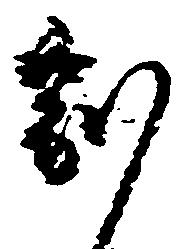
副